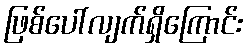
ဖြစ်ပေါ်လျက်ရှိကြောင်း